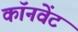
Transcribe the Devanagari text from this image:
कॉनवेंट